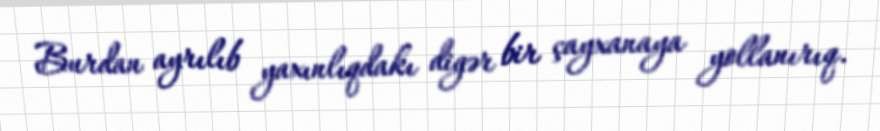
Burdan ayrılıb yaxınlıqdakı digər bir çayxanaya yollanırıq.